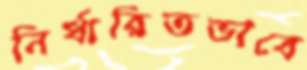
নির্ধারিতভাবে